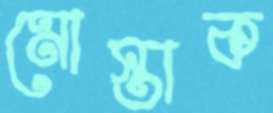
মোস্তাক